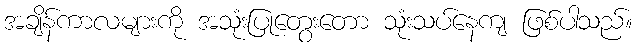
အချိန်ကာလများကို အသုံးပြုတွေးတော သုံးသပ်နေကျ ဖြစ်ပါသည်။